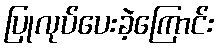
ပြုလုပ်ပေးခဲ့ကြောင်း